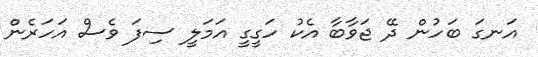
އަނގަ ބަހުން ދޭ ޖަވާބާ އެކު ހަގީގީ އަމަލީ ސިފަ ވެސް އަހަރެން